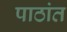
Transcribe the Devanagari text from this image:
पाठांत